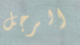
الرجل